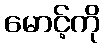
မောင့်ကို